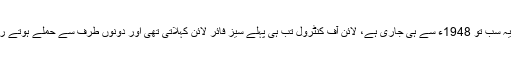
میں: لیکن یہ سب تو 1948ء سے ہی جاری ہے، لائن آف کنٹرول تب ہی پہلے سیز فائر لائن کہلاتی تھی اور دونوں طرف سے حملے ہوتے رہتے تھے۔